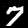
Label: 7